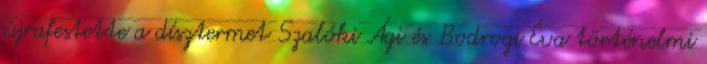
újrafestette a dísztermet Szalóki Ági és Bodrogi Éva történelmi